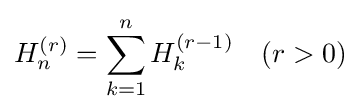
H_{n}^{(r)}=\sum _{k=1}^{n}H_{k}^{(r-1)}\quad (r>0)